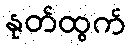
နုတ်ထွက်